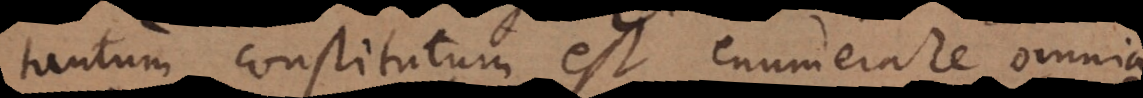
tantum constitutum est enumerare omnia